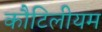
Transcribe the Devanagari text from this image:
कौटिलीयम